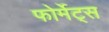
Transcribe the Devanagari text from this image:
फोर्मेट्स